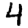
Digit: 4